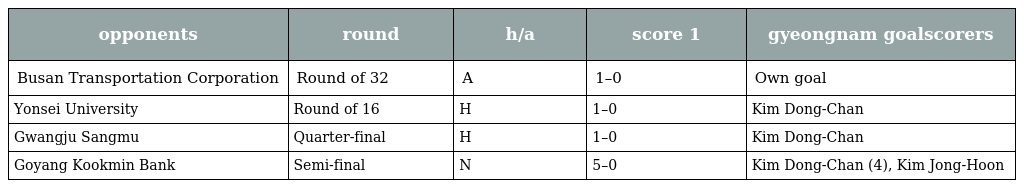
| opponents | round | h/a | score 1 | gyeongnam goalscorers |
 | --- | --- | --- | --- | --- |
 | Busan Transportation Corporation | Round of 32 | A | 1–0 | Own goal |
 | Yonsei University | Round of 16 | H | 1–0 | Kim Dong-Chan |
 | Gwangju Sangmu | Quarter-final | H | 1–0 | Kim Dong-Chan |
 | Goyang Kookmin Bank | Semi-final | N | 5–0 | Kim Dong-Chan (4), Kim Jong-Hoon |